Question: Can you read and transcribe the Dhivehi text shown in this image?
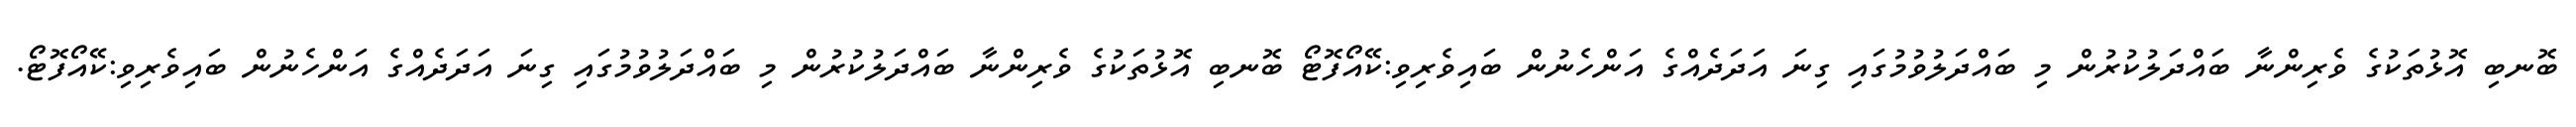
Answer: ބޮނބި އޮޅުތަކުގެ ވެރިންނާ ބައްދަލުކުރުން މި ބައްދަލުވުމުގައި ގިނަ އަދަދެއްގެ އަންހެނުން ބައިވެރިވި:ކޭއޯފޮޓޯ ބޮނބި އޮޅުތަކުގެ ވެރިންނާ ބައްދަލުކުރުން މި ބައްދަލުވުމުގައި ގިނަ އަދަދެއްގެ އަންހެނުން ބައިވެރިވި:ކޭއޯފޮޓޯ.